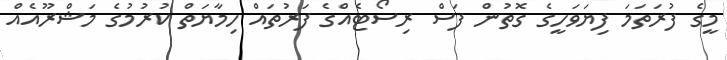
މީގެ ފުރަތަމަ ފިޔަވަހީގެ ގޮތުން ފަސް ރިސޯޓެއްގެ ފަރުތައް ހިމާޔަތް ކުރުމުގެ މަޝްރޫއެއް